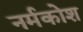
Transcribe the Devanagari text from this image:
नर्मकोश